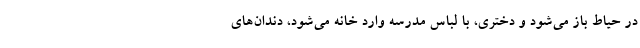
در حیاط باز می‌شود و دختری، با لباس مدرسه وارد خانه می‌شود، دندان‌های